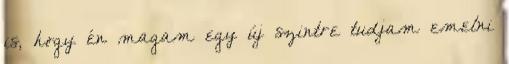
is, hogy én magam egy új szintre tudjam emelni